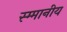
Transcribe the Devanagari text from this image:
स्म्मानीय